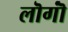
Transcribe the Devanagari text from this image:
लॊगॊं